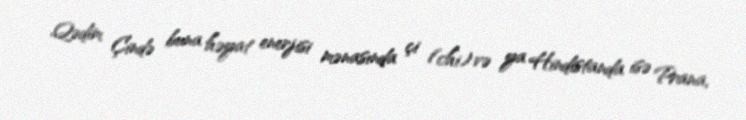
Qədim Çində buna həyat enerjisi mənasında çi (chi) və ya Hindistanda isə Prana,